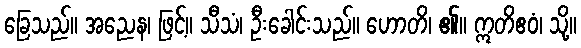
ခြေသည်။ အညေန၊ ဖြင့်။ သီသံ၊ ဦးခေါင်းသည်။ ဟောတိ၊ ၏။ ဣတိဧဝံ၊ သို့။